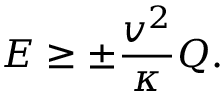
E \ge \pm \frac { v ^ { 2 } } { \kappa } Q .